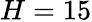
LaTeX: H=15